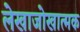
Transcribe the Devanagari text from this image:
लेखाजोखात्मक